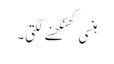
ہنسی کھنکھنے لگتی۔